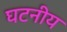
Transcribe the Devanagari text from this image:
घटनीय